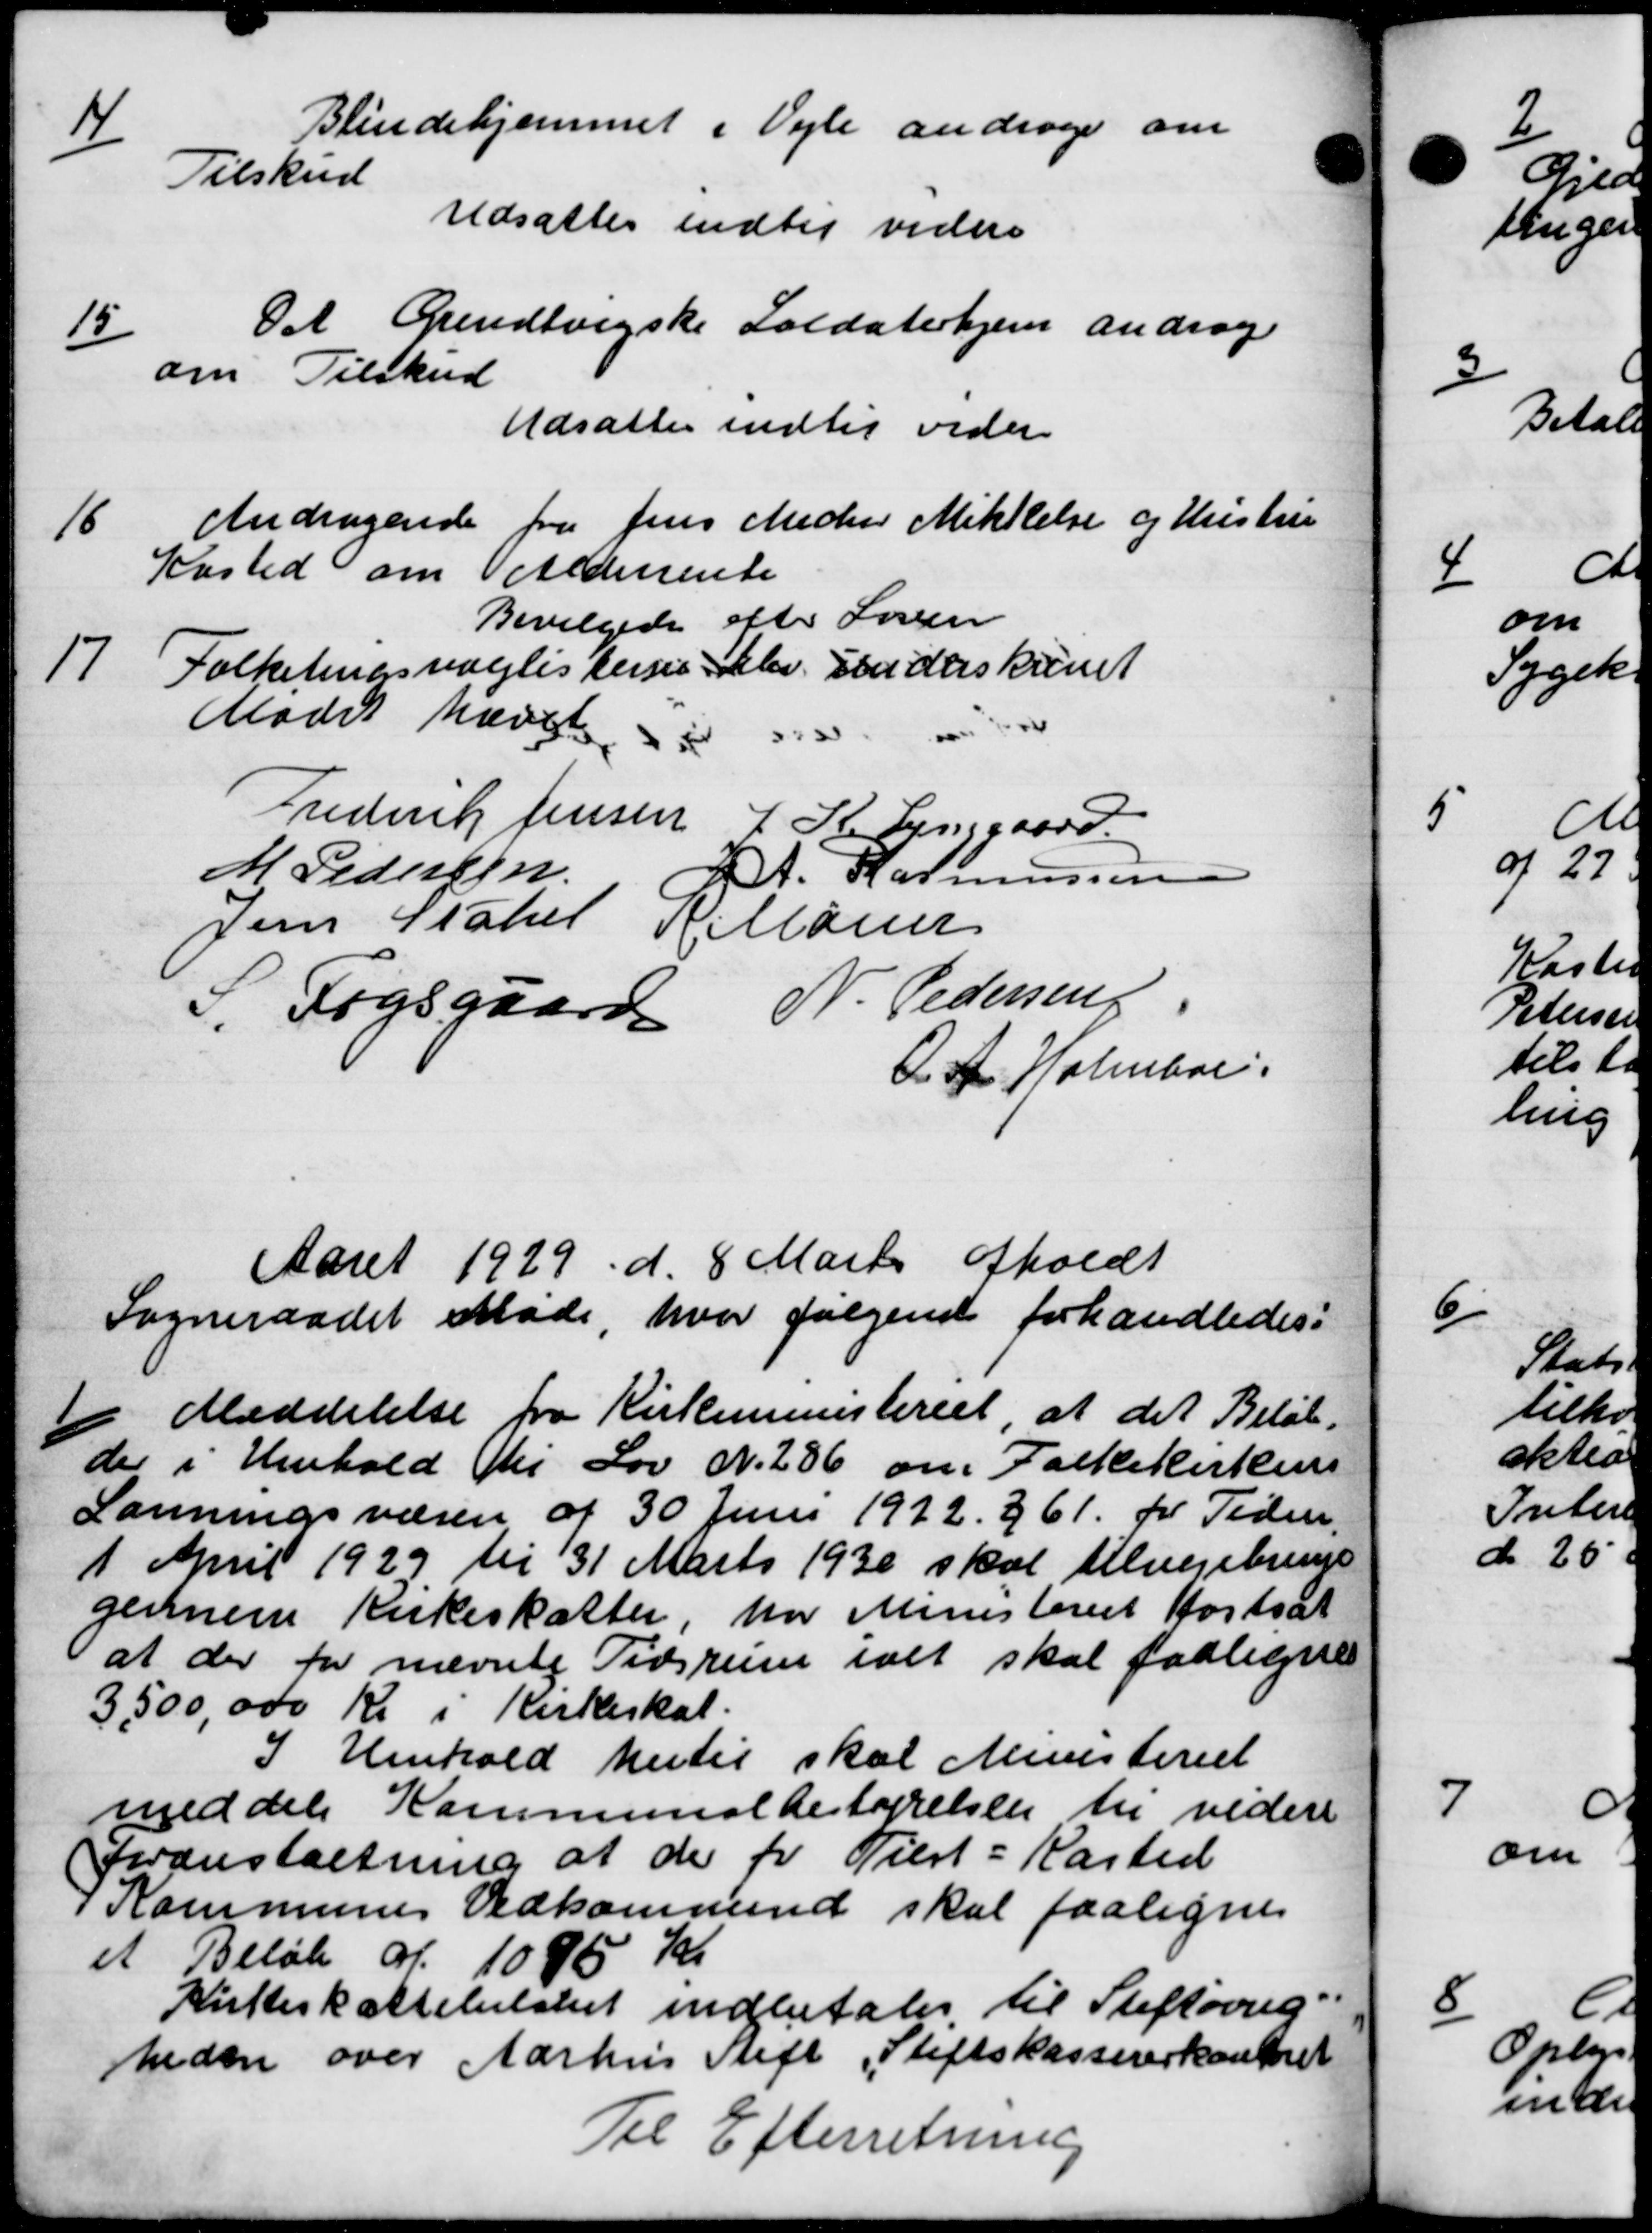
Transskription:
14
Blindehjemmet i Vejle andrager om
Tilskud
Udsattes indtil videre
15
Det Grundtvigske Soldaterhjem andrag
om Tilskud
Udsattes indtil videre
16
Andragende fra Jens Medler Mikkelse og Hustru
Kasted om Alderente
Bevilgedes efter Søren
17
Folketingsvalglisterses blev underskrevet
Mødet hævet
Frederik Jensen
1 R. Lynggaard
M Pedersen
J. Rasmussen
Jens Stahel Kelløse
S. Fogsgaard N. Pedersen
O. A. Holmboe.
Aaret 1929 d. 8 Marts afholdt
Sogneraadet Møde, hvor følgende forhandledes:

i Meddelelse fra Kirkeministeriet, at det Beløb
der i Henhold til Lov N. 286 om Folkekirkens
Lønningsværen af 30 Juni 1922 § 61 for Tiden.
1 April 1929 til 31 Marts 1930 skal tilvejebrems
gennem Kirkeskatter, har Ministeriet fortsat
at der for nævnte Tidsrum ialt skal faaligne
3,500.000 Kr i Kirkeskat.
I Henhold hertil skal Ministeriet
meddele Kommunalbestyrelsen til videre
foranstaltning af de for Tilst - Kasted
i Kommunes Vedkommende skal paaligne
et Beløb af 1085 Kr
Kutteskattebelsket indbetales til Stiftøvrig
heden over Aarhus Stift Stiftskassererkontoret
Til Efterretning